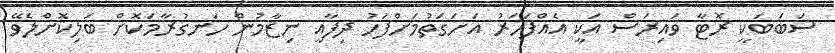
ސަބަބަކީ ރޮޓާ ވައިރަސް އަކީ އެއްފަހަރު އަށަގަތުމަށްފަހު ދިފާއީ ނިޒާމުން ހަނގުރާމަކޮށް ބަލިކޮށްލެވޭ